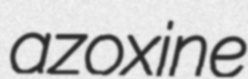
azoxine